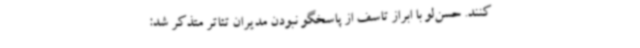
کنند. حسن‌لو با ابراز تاسف از پاسخگو نبودن مدیران تئاتر متذکر شد: